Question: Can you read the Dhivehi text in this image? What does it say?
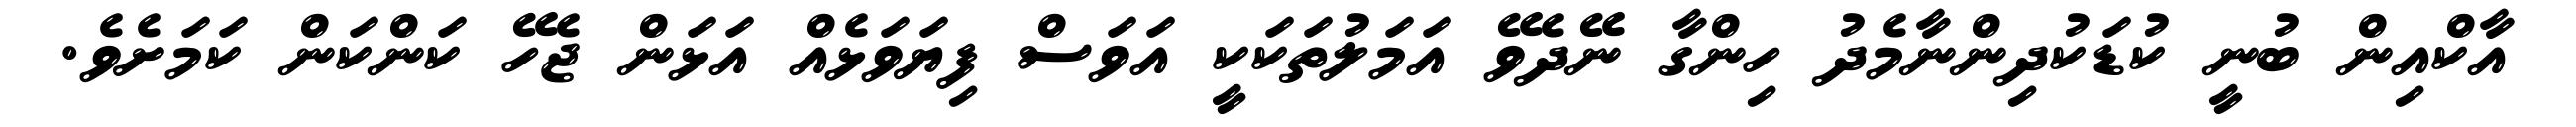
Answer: އާކްއިން ބުނީ ކުޑަކުދިންނާމެދު ހިންގާ ނޭދެވޭ އަމަލުތަކަކީ އަވަސް ފިޔަވަޅެއް އަޅަން ޖެހޭ ކަންކަން ކަމަށެވެ.